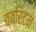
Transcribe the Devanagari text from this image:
वब्रिटन